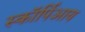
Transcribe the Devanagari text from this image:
स्कॉर्पिआय